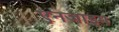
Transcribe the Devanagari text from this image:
एनजाइम